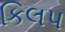
કિલપ